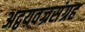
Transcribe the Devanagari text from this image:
अद्वयवज्रसंग्रह